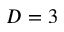
D = 3